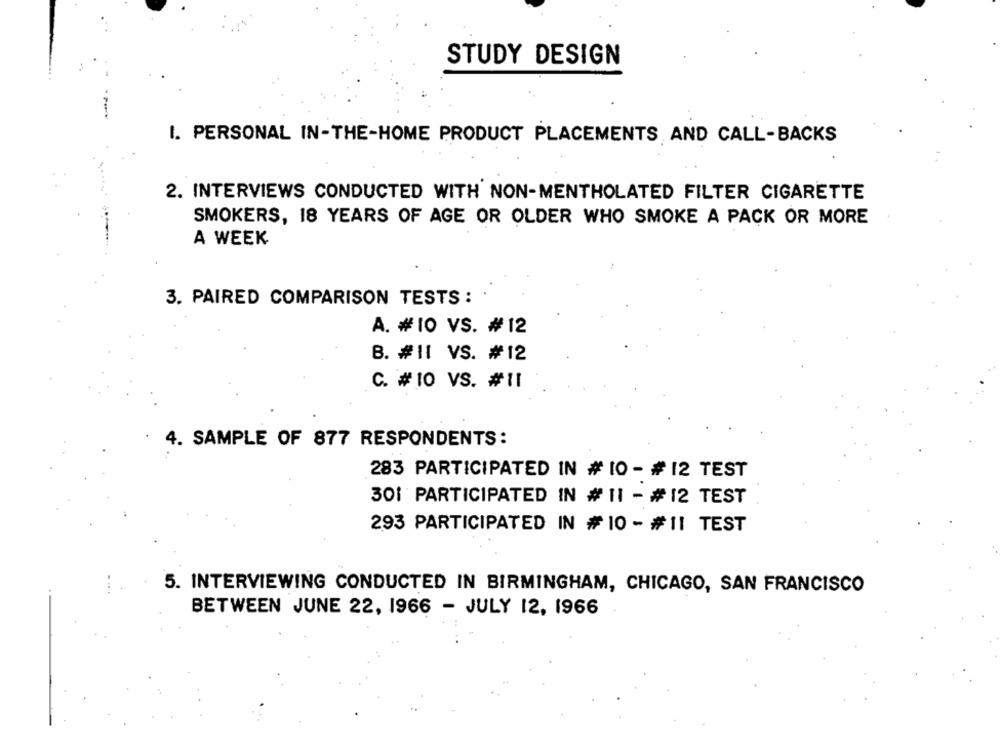
STUDY DESIGN
I. PERSONAL IN-THE-HOME PRODUCT PLACEMENTS AND CALL-BACKS
2. INTERVIEWS CONDUCTED WITH NON-MENTHOLATED FILTER CIGARETTE
SMOKERS, 18 YEARS OF AGE OR OLDER WHO SMOKE A PACK OR MORE
A WEEK
3. PAIRED COMPARISON TESTS : .
A. #10 VS. #12
B. #11 VS. #12
C. #10 VS. #11
4. SAMPLE OF 877 RESPONDENTS:
283 PARTICIPATED IN # 10 - # 12 TEST
301 PARTICIPATED IN # 11 - #12 TEST
293 PARTICIPATED IN #10 - #11 TEST
5. INTERVIEWING CONDUCTED IN BIRMINGHAM, CHICAGO, SAN FRANCISCO
BETWEEN JUNE 22, 1966 - JULY 12, 1966